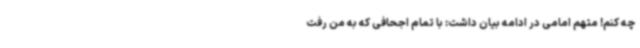
چه کنم! متهم امامی در ادامه بیان داشت: با تمام اجحافی که به من رفت